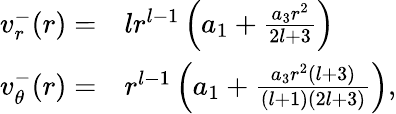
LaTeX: \begin{array}{rl}{v_{r}^{-}(r)=}&{{}lr^{l-1}\left(a_{1}+\frac{a_{3}r^{2}}{2l+3}\right)}\\ {v_{\theta}^{-}(r)=}&{{}r^{l-1}\left(a_{1}+\frac{a_{3}r^{2}(l+3)}{(l+1)(2l+3)}\right),}\end{array}